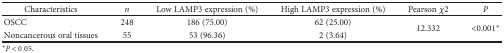
<table><thead><tr><td><b>Characteristics</b></td><td><b><i>n</i></b></td><td><b>Low LAMP3 expression (%)</b></td><td><b>High LAMP3 expression (%)</b></td><td><b>Pearson <i>χ</i>2</b></td><td><b><i>P</i></b></td></tr></thead><tbody><tr><td>OSCC</td><td>248</td><td>186 (75.00)</td><td>62 (25.00)</td><td rowspan="2">12.332</td><td rowspan="2">&lt;0.001<sup>∗</sup></td></tr><tr><td>Noncancerous oral tissues</td><td>55</td><td>53 (96.36)</td><td>2 (3.64)</td></tr></tbody></table>